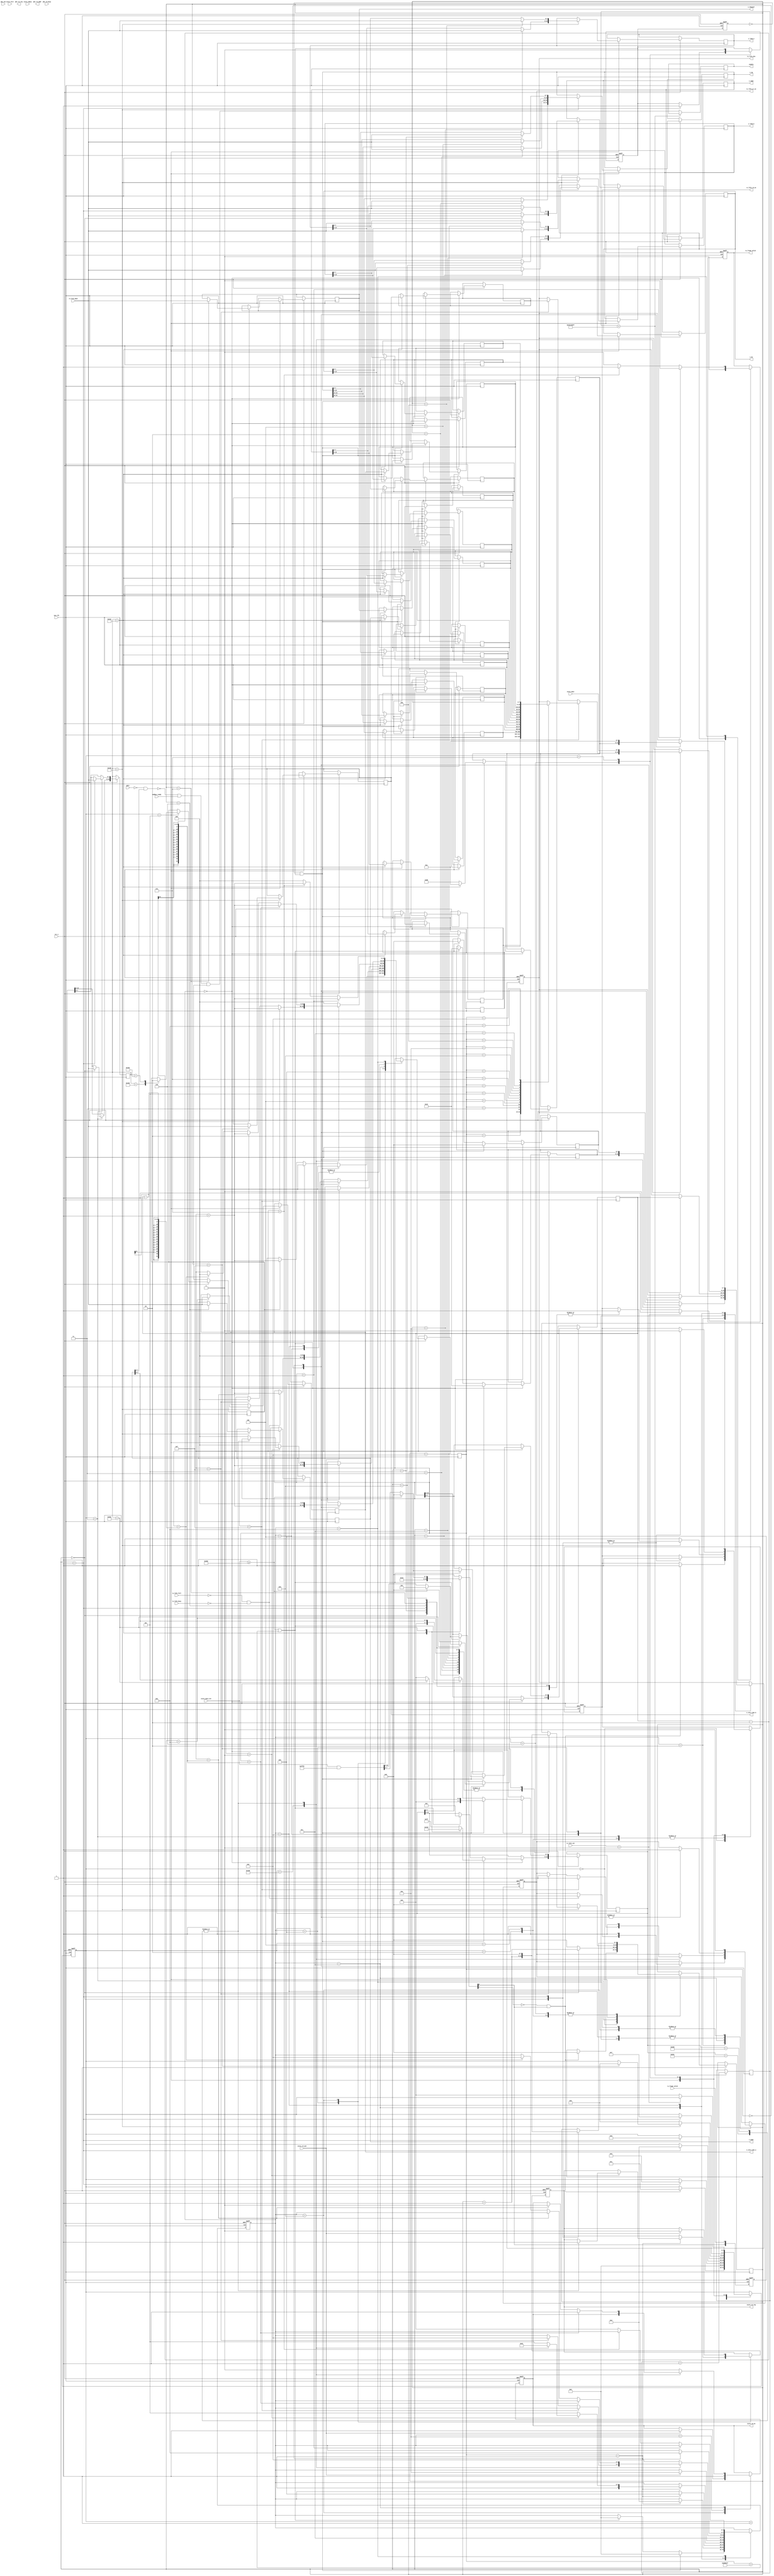
/**
	******************************************************************************
 * Copyright(c) 2019 Tsinghua University
 * All rights reserved
 *
 * core_udp.v: core readout and test.
	******************************************************************************
*/
/* Command List
        The BHCND command Packets format is "$ Address CMD_MSB CMD_LSB LEN_MSB
    LEN_LSB (*Data*) CHKSUM \n"
        The parameter is:
            ** 0x00 - 0x10
            2 bytes -- name
            4 bytes -- ip
            1 bytes -- mode(4 MSB: 0 - gate off; 1 - gate on;
                4 LSB: 0-pixel data; 1-list data)
            1 bytes -- channel
            2 bytes -- anode high voltage
            2 bytes -- lthd of anode
            2 bytes -- lthd of cathode
            1 byte  -- coin_time of anode (unit is 0.1us. The range is 0.1 - 1.6us.)
            1 byte  -- coin_time of cathode (unit is 0.1us. The range is 0.1 - 3.2us.)
            ** 0x10 -- 0x20
            2 bytes -- corse gain (not used)
            2 bytes -- fine gain (not used)
            2 bytes -- shapping time
            2 bytes -- unused
            2 bytes -- unused
            2 bytes -- unused
            2 bytes -- unused
            2 bytes -- unused

    Discover    		2400 0101 0000 24 0A
                            2400 0100 0010 (Settings) ** 0A
    Start       		2400 0103 0000 26 0A
                            ACK
    Stop        		2400 0102 0000 27 0A
                            ACK
    Set settings        2400 0105 0010 (settings) ** 0A
                            ACK
    Get data            2400 0301 0000 22 0A
                            pos data

    ACK List
        The BHCND acknowledge packets format is "$ Address CMD_MSB CMD_LSB
    LEN_MSB LEN_LSB (*Data*) CHKBIT 0A"
    Ok                  2400 FF00 0000 DB 0A
    Command Error       2400 FF01 0000 DA 0A
    Length Error        2400 FF02 0000 D9 0A
    Checksum Error      2400 FF03 0000 D8 0A

    Data List
        The MWPC data packets format is "$ Address TYPE_MSB TYPE_LSB
    LEN_MSB LEN_LSB (*data*) CHKBIT 0A"
    pixel data  		2400 0200 **** (data) ** 0A	(pixel)
    list data           2400 0201 **** (data) ** 0A	(list)

    Data structure:
    pixel data: time(32bit) posA(32bit) posB(32bit)
    list data:  time(16bit) phs(8bit) channel(8bit)
*/

module core_udp
#(
	parameter CLK_FRE               = 200,   //clock frequency(Mhz)
    parameter PHS_CHANNELS          = 1024   // phs channels.
)
(
	input sys_clk,
	input rst_n,
    input                   modbus_ready,

    input                   rx_frame_valid,
    input [7:0]             rx_fifo_dout,
    output reg              rx_fifo_rd_en,
    input [10:0]            rx_fifo_cnt,

    output reg              tx_frame_valid,
    output reg[7:0]         tx_fifo_din,
    output reg              tx_fifo_wr_en,
    input                   tx_fifo_busy,
    input                   tx_fifo_full,
 
	input			        gate,
    // input                   sync,
    (*mark_debug = "true"*)output reg              enable,

    output reg[15:0]        s_name,
    output reg[31:0]        s_ip,
    (*mark_debug = "true"*)output reg[7:0]         s_mode,
    output reg[7:0]         s_channel,
    output reg[15:0]        s_hv,
    output reg[15:0]        s_lthd_a,
    output reg[15:0]        s_lthd_b,
    output reg[7:0]         s_coin_time_a,
    output reg[7:0]         s_coin_time_b,

    output reg              store_rd_req,
    input                   store_rd_ack,
	output reg   			store_rd_en,
	input[7:0]		        store_dout,
	input			        store_full,
	input			        store_empty,
	(*mark_debug = "true"*)input[10:0]	            store_data_cnt,

	output reg		        phs_rd_req,
	output reg[9:0]		    phs_rd_addr,
	input			        phs_rd_busy,
	input[31:0]	            phs_out
);

// Calculates the clock cycle for baud rate 
// Delay 500mS clcok cycles.
localparam	DELAY_CYCLE   = CLK_FRE * 3000000; 
// Send data to host every 50mS.
// localparam	SEND_PERIOD_CYCLE   = CLK_FRE * 100;   // 100 us used for simulation.
localparam	SEND_PERIOD_CYCLE   = CLK_FRE * 50000; 
// The default local address is 0x00.
localparam  LOCAL_ADDRESS       = 8'h00;

// Command define
localparam  CMD_DISCOVER            = 16'h0101;
localparam  CMD_RESPONSE            = 16'h0100;
localparam  CMD_START               = 16'h0103;
localparam  CMD_STOP                = 16'h0102;
localparam  CMD_SET_SETTINGS        = 16'h0105;
localparam  CMD_GET_DATA            = 16'h0301;
localparam  CMD_POS_DATA            = 16'h0200;
localparam  CMD_LIST_DATA           = 16'h0201;
localparam  CMD_ACK_OK              = 16'hFF00;
localparam  CMD_ACK_ERROR           = 16'hFF01;

// 4 MSB: gate on or gate off;
// 4 LSB: 0-pixel data; 1-phs data; 2-list data)
localparam  MODE_GATE_MASK           = 8'hF0;
localparam  MODE_DATA_MASK           = 8'h0F;
localparam  MODE_GATE_OFF            = 4'h0;
localparam  MODE_GATE_ON             = 4'h1;
localparam  MODE_POS                 = 4'h0;
localparam  MODE_LIST                = 4'h1;

// delay a while when power on to wait for pheriphertial.
(*mark_debug = "true"*)reg s_enable = 1'b1;
reg[31:0] delay_cnt = 32'd0;
initial enable = 1'b1;      // Initial is 1 for simulation and 0 for other.
always@(posedge sys_clk) begin
    if(delay_cnt < DELAY_CYCLE - 1'b1) begin
        delay_cnt <= delay_cnt + 1'b1;
	end
	else begin
        enable <= (!(!gate && s_mode[7:4])) && modbus_ready && s_enable;
    end
end


// Receive state
localparam	RX_IDLE				= 4'b0000;
localparam  READ_DELAY          = 4'b0001;
localparam  READ_HEADER         = 4'b0010;
localparam  READ_COMMAND        = 4'b0011;
localparam  READ_LENGTH         = 4'b0100;
localparam  READ_DATA           = 4'b0101;
localparam  READ_END            = 4'b0110;
localparam  RX_END              = 4'b0111;

// system state
(*mark_debug = "true"*)reg[3:0] rx_state;
(*mark_debug = "true"*)reg[7:0] rx_sys_clk_cnt = 8'd0;
wire rx_frame_valid_posedge;
reg[15:0] rx_cnt = 16'd0;
reg[7:0] rx_header = 8'h0;
reg[7:0] rx_address = 8'h0;
reg[15:0] rx_command = 16'h00;
reg[15:0] rx_data_length = 16'd0;
reg[7:0] rx_checksum = 8'h0;
reg[7:0] rx_frame_end = 8'h0;
reg return = 1'b0;
initial begin
    s_enable <= 1'b1;
    s_name <= {"A", "A"};
    s_ip <= 32'hC0A80002;
    s_mode <= {MODE_GATE_OFF, MODE_LIST};
    s_channel <= 8'd0;        
    s_hv <= 16'd1100;
    s_lthd_a <= 16'd320;    // The unit is 0.625ns. So lthd = 200ns.
    s_lthd_b <= 16'd320;    // The unit is 0.625ns. So lthd = 200ns.
    s_coin_time_a <= 8'd100;    // The unit is 5 ns. So coin time = 500ns.
    s_coin_time_b <= 8'd100;    // The unit is 5 ns. So coin time = 500ns.
end

always@(posedge sys_clk or negedge rst_n)
begin
	if(rst_n == 1'b0) begin
		rx_state <= RX_IDLE;
        rx_fifo_rd_en <= 1'b0;
        return <= 1'b0;
	end
	else begin
        case(rx_state)
            RX_IDLE: begin
                if(rx_frame_valid_posedge) begin
                    rx_fifo_rd_en <= 1'b1;
                    rx_sys_clk_cnt <= 8'b0;
                    rx_cnt <= rx_fifo_cnt;
                    // fifo out is 1 clock delay compare to rd_en, and 2 clocks
                    // delay compare to rx_frame_come.
                    rx_state <= READ_DELAY; 
                end
            end
            READ_DELAY: begin
                rx_state <= READ_HEADER;
            end
            READ_HEADER: begin
                case(rx_sys_clk_cnt)
                    8'd0: begin
                        rx_header = rx_fifo_dout;
                        rx_fifo_rd_en <= 1'b1;
                        rx_sys_clk_cnt <= rx_sys_clk_cnt + 1'b1;
                    end
                    8'd1: begin
                        rx_address <= rx_fifo_dout;
                        rx_fifo_rd_en <= 1'b1;
                        rx_sys_clk_cnt <= 1'b0;
                        rx_state <= READ_COMMAND;
                    end
                endcase
            end
            READ_COMMAND: begin
                case(rx_sys_clk_cnt)
                    8'd0: begin
                        rx_command[15:8] = rx_fifo_dout;
                        rx_fifo_rd_en <= 1'b1;
                        rx_sys_clk_cnt <= rx_sys_clk_cnt + 1'b1;
                    end
                    8'd1: begin
                        rx_command[7:0] <= rx_fifo_dout;
                        rx_fifo_rd_en <= 1'b1;
                        rx_sys_clk_cnt <= 1'b0;
                        rx_state <= READ_LENGTH;
                    end
                    default: begin
                        rx_sys_clk_cnt <= 8'd0;
                    end
                endcase
            end
            READ_LENGTH: begin
                case(rx_sys_clk_cnt)
                    8'd0: begin
                        rx_data_length[15:8] = rx_fifo_dout;
                        rx_fifo_rd_en <= 1'b1;
                        rx_sys_clk_cnt <= rx_sys_clk_cnt + 1'b1;
                    end
                    8'd1: begin
                        rx_data_length[7:0] <= rx_fifo_dout;
                        rx_fifo_rd_en <= 1'b1;
                        rx_sys_clk_cnt <= 1'b0;
                        rx_state <= READ_DATA;
                    end
                endcase
            end
            READ_DATA:begin
                case(rx_command)
                    CMD_DISCOVER: begin
                        rx_fifo_rd_en <= 1'b1;
                        rx_sys_clk_cnt <= 1'b0;
                        rx_state <= READ_END;
                    end
                    CMD_START: begin     // Start
                        s_enable <= 1'b1;
                        rx_fifo_rd_en <= 1'b1;
                        rx_sys_clk_cnt <= 1'b0;
                        rx_state <= READ_END;
                    end
                    CMD_STOP: begin     // Stop
                        s_enable <= 1'b0;
                        rx_fifo_rd_en <= 1'b1;
                        rx_sys_clk_cnt <= 1'b0;
                        rx_state <= READ_END;
                    end
                    CMD_SET_SETTINGS: begin
                        case(rx_sys_clk_cnt)
                            8'd0: begin
                                s_name[15:8] = rx_fifo_dout;
                                rx_fifo_rd_en <= 1'b1;
                                rx_sys_clk_cnt <= rx_sys_clk_cnt + 1'b1;
                            end
                            8'd1: begin
                                s_name[7:0] = rx_fifo_dout;
                                rx_fifo_rd_en <= 1'b1;
                                rx_sys_clk_cnt <= rx_sys_clk_cnt + 1'b1;
                            end
                            8'd2: begin
                                s_ip[31:24] = rx_fifo_dout;
                                rx_fifo_rd_en <= 1'b1;
                                rx_sys_clk_cnt <= rx_sys_clk_cnt + 1'b1;
                            end
                            8'd3: begin
                                s_ip[23:16] = rx_fifo_dout;
                                rx_fifo_rd_en <= 1'b1;
                                rx_sys_clk_cnt <= rx_sys_clk_cnt + 1'b1;
                            end
                            8'd4: begin
                                s_ip[15:8] = rx_fifo_dout;
                                rx_fifo_rd_en <= 1'b1;
                                rx_sys_clk_cnt <= rx_sys_clk_cnt + 1'b1;
                            end
                            8'd5: begin
                                s_ip[7:0] = rx_fifo_dout;
                                rx_fifo_rd_en <= 1'b1;
                                rx_sys_clk_cnt <= rx_sys_clk_cnt + 1'b1;
                            end
                            8'd6: begin
                                s_mode = rx_fifo_dout;
                                rx_fifo_rd_en <= 1'b1;
                                rx_sys_clk_cnt <= rx_sys_clk_cnt + 1'b1;
                            end
                            8'd7: begin
                                s_channel = rx_fifo_dout;
                                rx_fifo_rd_en <= 1'b1;
                                rx_sys_clk_cnt <= rx_sys_clk_cnt + 1'b1;
                            end
                            8'd8: begin
                                s_hv[15:8] = rx_fifo_dout;
                                rx_fifo_rd_en <= 1'b1;
                                rx_sys_clk_cnt <= rx_sys_clk_cnt + 1'b1;
                            end
                            8'd9: begin
                                s_hv[7:0] = rx_fifo_dout;
                                rx_fifo_rd_en <= 1'b1;
                                rx_sys_clk_cnt <= rx_sys_clk_cnt + 1'b1;
                            end
                            8'd10: begin
                                s_lthd_a[15:8] = rx_fifo_dout;
                                rx_fifo_rd_en <= 1'b1;
                                rx_sys_clk_cnt <= rx_sys_clk_cnt + 1'b1;
                            end
                            8'd11: begin
                                s_lthd_a[7:0] = rx_fifo_dout;
                                rx_fifo_rd_en <= 1'b1;
                                rx_sys_clk_cnt <= rx_sys_clk_cnt + 1'b1;
                            end
                            8'd12: begin
                                s_lthd_b[15:8] = rx_fifo_dout;
                                rx_fifo_rd_en <= 1'b1;
                                rx_sys_clk_cnt <= rx_sys_clk_cnt + 1'b1;
                            end
                            8'd13: begin
                                s_lthd_b[7:0] = rx_fifo_dout;
                                rx_fifo_rd_en <= 1'b1;
                                rx_sys_clk_cnt <= rx_sys_clk_cnt + 1'b1;
                            end
                            8'd14: begin
                                s_coin_time_a <= rx_fifo_dout;
                                rx_fifo_rd_en <= 1'b1;
                                rx_sys_clk_cnt <= rx_sys_clk_cnt + 1'b1;
                            end
                            8'd15: begin
                                s_coin_time_b <= rx_fifo_dout;
                                rx_fifo_rd_en <= 1'b1;
                                rx_sys_clk_cnt <= 1'b0;
                                rx_state <= READ_END;
                            end
                        endcase
                    end
                    CMD_GET_DATA: begin     // get position data.
                        rx_fifo_rd_en <= 1'b1;
                        rx_sys_clk_cnt <= 1'b0;
                        rx_state <= READ_END;
                    end
                    default: begin
                        rx_fifo_rd_en <= 1'b1;
                        rx_sys_clk_cnt <= 1'b0;
                        rx_state <= READ_END;
                        
                    end
                endcase
            end
            READ_END: begin
                case(rx_sys_clk_cnt)
                    8'd0: begin
                        rx_checksum = rx_fifo_dout;
                        rx_fifo_rd_en <= 1'b0;
                        rx_sys_clk_cnt <= rx_sys_clk_cnt + 1'b1;
                    end
                    8'd1: begin
                        rx_frame_end <= rx_fifo_dout;
                        rx_fifo_rd_en <= 1'b0;
                        // set the return back signal.
                        return <= 1'b1;
                        rx_sys_clk_cnt <= 1'b0;
                        rx_state <= RX_END;
                    end
                endcase
            end
            RX_END: begin
                // reset the return flag.
                return <= 1'b0;
                // Clear fifo buffer.
                if(rx_fifo_cnt > 1'b0) begin
                    rx_fifo_rd_en <= 1'b1;
                end
                else begin
                    rx_fifo_rd_en <= 1'b0;
                    rx_state <= RX_IDLE;
                end
            end
        endcase
    end
end

// rx frame data valid needs two clock buffer to avoid error between two clocks.
reg[1:0] rx_frame_valid_buf = 2'b0;
always @(posedge sys_clk or negedge rst_n)
begin
    if(~rst_n) begin
        rx_frame_valid_buf[0] <= 1'b0;
        rx_frame_valid_buf[1] <= 1'b0;
    end
    else begin
        rx_frame_valid_buf[0] <= rx_frame_valid;
        rx_frame_valid_buf[1] <= rx_frame_valid_buf[0];
    end
end

assign rx_frame_valid_posedge = ~rx_frame_valid_buf[1] & rx_frame_valid_buf[0];

// get the positive edge of return signal.
reg return_buf;
wire posedge_return;
always@(posedge sys_clk or negedge rst_n)
begin
	if(rst_n == 1'b0) begin
		return_buf <= 1'b0;
	end
	else begin
		return_buf <= return;
	end
end
assign posedge_return = ~return_buf & return;

// Transmit state
localparam	TX_IDLE				= 4'b0000;
localparam  SEND_DELAY          = 4'b0001;
localparam  SEND_HEADER         = 4'b0010;
localparam  SEND_COMMAND        = 4'b0100;
localparam  SEND_LENGTH         = 4'b1000;
localparam  SEND_DATA_WAIT      = 4'b1001;
localparam  SEND_DATA_DELAY     = 4'b1010;
localparam  SEND_DATA           = 4'b1100;
localparam  SEND_END            = 4'b1101;
localparam  TX_END              = 4'b1110;

// system state
(*mark_debug = "true"*)reg[3:0] tx_state;
(*mark_debug = "true"*)reg[31:0] tx_sys_clk_cnt = 32'd0;
reg[15:0] tx_cnt = 16'd0;
reg[7:0] tx_header = 8'h0;
reg[7:0] tx_address = 8'h0;
reg[15:0] tx_command = 8'h0;
reg[15:0] tx_data_length = 16'd0;
reg[7:0] tx_data[0:15];
reg[7:0] tx_checksum = 8'h00;
reg[7:0] tx_frame_end = 8'h00;
// reg tx_frame_valid;

always@(posedge sys_clk or negedge rst_n)
begin
	if(rst_n == 1'b0) begin
		tx_state <= TX_IDLE;
        store_rd_req <= 1'b0;
        store_rd_en <= 1'b0;
        tx_frame_valid <= 1'b0;
        tx_fifo_din <= 8'd0;
        tx_fifo_wr_en <= 1'b0;
	end
	else begin
        case(tx_state)
            TX_IDLE: begin
                tx_frame_valid <= 1'b0;
                // Response to received command.
                if(posedge_return == 1'b1) begin
                    tx_header <= 8'h24;
                    tx_address <= 8'h00;
                    case(rx_command)
                        CMD_DISCOVER: begin
                            tx_command[15:8] <= 8'h01;
                            tx_command[7:0] <= 8'h00;
                            tx_data_length[15:8] <= 8'h00;
                            tx_data_length[7:0] <= 8'h10;
                            tx_data[0] <= s_name[15:8];
                            tx_data[1] <= s_name[7:0];
                            tx_data[2] <= s_ip[31:24];
                            tx_data[3] <= s_ip[23:16];
                            tx_data[4] <= s_ip[15:8];
                            tx_data[5] <= s_ip[7:0];
                            tx_data[6] <= s_mode;
                            tx_data[7] <= s_channel;
                            tx_data[8] <= s_hv[15:8];
                            tx_data[9] <= s_hv[7:0];
                            tx_data[10] <= s_lthd_a[15:8];
                            tx_data[11] <= s_lthd_a[7:0];
                            tx_data[12] <= s_lthd_b[15:8];
                            tx_data[13] <= s_lthd_b[7:0];
                            tx_data[14] <= s_coin_time_a;
                            tx_data[15] <= s_coin_time_b;
                            tx_checksum <= 8'h0A; // dummy value
                        end
                        // Start. Return ACK.
                        CMD_START: begin
                            tx_command[15:8] <= 8'hFF;
                            tx_command[7:0] <= 8'h00;
                            tx_data_length[15:8] <= 8'h00;
                            tx_data_length[7:0] <= 8'h00;
                            tx_checksum <= 8'hDB;
                        end
                        // Stop. Return ACK.
                        CMD_STOP: begin
                            tx_command[15:8] <= 8'hFF;
                            tx_command[7:0] <= 8'h00;
                            tx_data_length[15:8] <= 8'h00;
                            tx_data_length[7:0] <= 8'h00;
                            tx_checksum <= 8'hDB;
                        end
                        // Set settings. Return ACK.
                        CMD_SET_SETTINGS: begin
                            tx_command[15:8] <= 8'hFF;
                            tx_command[7:0] <= 8'h00;
                            tx_data_length[15:8] <= 8'h00;
                            tx_data_length[7:0] <= 8'h00;
                            tx_checksum <= 8'hDB;
                        end
                        CMD_GET_DATA:begin
                            tx_command[15:8] <= 8'h02;
                            tx_command[7:0] <= {4'h0, s_mode[3:0]};
                            if(store_data_cnt >= 11'd1024)
                                tx_data_length <= 12'd1024;
                            else
                                // every event uses 8bytes.
                                tx_data_length <= (store_data_cnt&16'hFFF8);
                            tx_checksum <= 8'hDB;
                        end
                        // Default. Return ACK.
                        default: begin
                            tx_command[15:8] <= 8'hFF;
                            tx_command[7:0] <= 8'h00;
                            tx_data_length[15:8] <= 8'h00;
                            tx_data_length[7:0] <= 8'h00;
                            tx_checksum <= 8'hDB;
                        end
                    endcase
                    tx_frame_end <= 8'h0A;
                    tx_sys_clk_cnt <= 32'd0;
                    tx_state <= SEND_HEADER;
                end
                // Transmit data when timeout or fifo larger than 1.2kB 
                // (4 * 256 position data or 8 * 128 list data).
                else if((store_data_cnt >= 11'd1024) 
                    || (tx_sys_clk_cnt > SEND_PERIOD_CYCLE - 1'b1)) begin
                    tx_header <= 8'h24;
                    tx_address <= 8'h00;
                    tx_command[15:8] <= 8'h02;
                    tx_command[7:0] <= {4'h0, s_mode[3:0]};
                            if(store_data_cnt >= 11'd1024)
                                tx_data_length <= 11'd1024;
                            else
                                tx_data_length <= (store_data_cnt&16'hFFF8);

                    tx_frame_end <= 8'h0A;
                    tx_sys_clk_cnt <= 32'd0;
                    tx_state <=SEND_HEADER;
                end
                else if(s_enable == 1'b1) begin
                    tx_sys_clk_cnt <= tx_sys_clk_cnt + 1'b1;
                end
            end
            SEND_HEADER:begin
		    	case(tx_sys_clk_cnt)
		    		16'd0: begin
		    			tx_fifo_din <= tx_header;
                        if(tx_fifo_full == 0 && tx_fifo_busy == 1'b0) begin
		    			    tx_fifo_wr_en <= 1'b1;
		    			    tx_sys_clk_cnt <= tx_sys_clk_cnt + 1'b1;
                        end
		    		end
		    		16'd1: begin
		    			tx_fifo_din <= tx_address;
		    			tx_fifo_wr_en <= 1'b1;
		    			tx_sys_clk_cnt <= 32'd0;
                        tx_state <= SEND_COMMAND;
		    		end
                endcase
            end
            SEND_COMMAND:begin
		    	case(tx_sys_clk_cnt)
		    		16'd0: begin
		    			tx_fifo_din <= tx_command[15:8];
		    			tx_fifo_wr_en <= 1'b1;
		    			tx_sys_clk_cnt <= tx_sys_clk_cnt + 1'b1;
		    		end
		    		16'd1: begin
		    			tx_fifo_din <= tx_command[7:0];
		    			tx_fifo_wr_en <= 1'b1;
		    			tx_sys_clk_cnt <= 32'd0;
                        tx_state <= SEND_LENGTH;
		    		end
                endcase
            end
            SEND_LENGTH: begin
		    	case(tx_sys_clk_cnt)
		    		16'd0: begin
		    			tx_fifo_din <= tx_data_length[15:8];
		    			tx_fifo_wr_en <= 1'b1;
		    			tx_sys_clk_cnt <= tx_sys_clk_cnt + 1'b1;
		    		end
		    		16'd1: begin
                        if(tx_data_length > 0)begin
                            // write the last byte of tx_data_length.
		    			    tx_fifo_din <= tx_data_length[7:0];
                            tx_fifo_wr_en <= 1'b1;
                            case(tx_command)
                                CMD_RESPONSE: begin
		    			            tx_sys_clk_cnt <= 32'd0;
                                    tx_state <= SEND_DATA;
                                end
                                CMD_POS_DATA,CMD_LIST_DATA: begin
                                    // ask the store module to read data.
                                    store_rd_req <= 1'b1;
                                    tx_state <= SEND_DATA_WAIT;
                                end 
                                default: begin
		    			            tx_sys_clk_cnt <= 32'd0;
                                    tx_state <= SEND_END;
                                end
                            endcase
                        end
                        else begin
		    			    tx_fifo_din <= tx_data_length[7:0];
                            tx_fifo_wr_en <= 1'b1;
		    			    tx_sys_clk_cnt <= 32'd0;
                            tx_state <= SEND_END;
                        end
		    		end
                endcase
            end
            SEND_DATA_WAIT: begin
                tx_fifo_wr_en <= 1'b0;
                if(store_rd_ack) begin
                    store_rd_req <= 1'b0;
                    // clock out first position data.
                    store_rd_en <= 1'b1;
		    	    tx_sys_clk_cnt <= 32'd0;
                    tx_state <= SEND_DATA_DELAY;
                end
            end
            SEND_DATA_DELAY: begin
                // enable read next clock.
                store_rd_en <= 1'b1;
                tx_state <= SEND_DATA;
            end
            SEND_DATA: begin
                case(tx_command)
                    CMD_RESPONSE: begin
                        if(tx_sys_clk_cnt < 4'd15) begin
                            case(tx_sys_clk_cnt)
                                16'd0:      tx_fifo_din <= tx_data[0];
                                16'd1:      tx_fifo_din <= tx_data[1];
                                16'd2:      tx_fifo_din <= tx_data[2];
                                16'd3:      tx_fifo_din <= tx_data[3];
                                16'd4:      tx_fifo_din <= tx_data[4];
                                16'd5:      tx_fifo_din <= tx_data[5];
                                16'd6:      tx_fifo_din <= tx_data[6];
                                16'd7:      tx_fifo_din <= tx_data[7];
                                16'd8:      tx_fifo_din <= tx_data[8];
                                16'd9:      tx_fifo_din <= tx_data[9];
                                16'd10:      tx_fifo_din <= tx_data[10];
                                16'd11:      tx_fifo_din <= tx_data[11];
                                16'd12:      tx_fifo_din <= tx_data[12];
                                16'd13:      tx_fifo_din <= tx_data[13];
                                16'd14:      tx_fifo_din <= tx_data[14];
                            endcase
		    	        	tx_fifo_wr_en <= 1'b1;
		    	        	tx_sys_clk_cnt <= tx_sys_clk_cnt + 1'b1;
                        end
                        // If the last byte.
                        else if(tx_sys_clk_cnt == 4'd15) begin
                            // buffer the former data.
                            tx_fifo_din <= tx_data[15];
		    	        	tx_fifo_wr_en <= 1'b1;
		    	        	tx_sys_clk_cnt <= 32'd0;
                            // change to next state.
                            tx_state <= SEND_END;
                        end
                    end
                    // CMD_ACK_OK, CMD_ACK_ERROR: begin
		            //     tx_state <= TX_END;
                    // end
                    CMD_POS_DATA,CMD_LIST_DATA: begin
                        // buffer the former data.
                        tx_fifo_din <= store_dout;
		    	        tx_fifo_wr_en <= 1'b1;
                        if(tx_sys_clk_cnt < tx_data_length - 2'd2) begin
		    	        	tx_sys_clk_cnt <= tx_sys_clk_cnt + 1'b1;
                            // enable read next clock.
                            store_rd_en <= 1'b1;
                        end
                        // If the second last byte.
                        else if(tx_sys_clk_cnt == tx_data_length - 2'd2) begin
		    	        	tx_sys_clk_cnt <= tx_sys_clk_cnt + 1'b1;
                            // disable read next clock.
                            store_rd_en <= 1'b0;
                        end
                        // If the last byte.
                        else if(tx_sys_clk_cnt == tx_data_length - 1'b1) begin
		    	        	tx_sys_clk_cnt <= 16'd0;
                            // change to next state.
		    	        	tx_sys_clk_cnt <= 32'd0;
                            tx_state <= SEND_END;
                        end
                    end
                    default: begin
                        store_rd_en <= 1'b0;
		    	        tx_sys_clk_cnt <= 32'd0;
                        tx_state <= SEND_END;
                    end
                endcase
            end
            SEND_END: begin
                case(tx_sys_clk_cnt)
                    16'd0: begin
                        tx_fifo_din <= tx_checksum;
		    	        tx_fifo_wr_en <= 1'b1;
		    	        tx_sys_clk_cnt <= tx_sys_clk_cnt + 1'b1;
                    end
                    16'd1: begin
                        tx_fifo_din <= 8'h0A;
                        tx_fifo_wr_en <= 1'b1;
                        tx_sys_clk_cnt <= 32'd0;
		                tx_state <= TX_END;
                    end
                endcase
            end
            TX_END: begin
                tx_fifo_wr_en <= 1'b0;
                // delay one clock for fifo write complete.
                if(tx_sys_clk_cnt < 2'd1) begin
                    tx_frame_valid <= 1'b0;
                    tx_sys_clk_cnt <= tx_sys_clk_cnt + 1'b1;
                end
                // Wait 40ns two avoid error between two clock.
                else if(tx_sys_clk_cnt < 4'd7) begin
                    tx_frame_valid <= 1'b1;
                    tx_sys_clk_cnt <= tx_sys_clk_cnt + 1'b1;
                end
                else begin
                    tx_sys_clk_cnt <= 32'd0;
                    tx_frame_valid <= 1'b0;
                    tx_state <= TX_IDLE;
                end
            end
        endcase
    end
end
endmodule